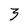
Character: 3